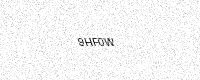
Text: 9HF0W